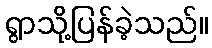
ရွာသို့ပြန်ခဲ့သည်။